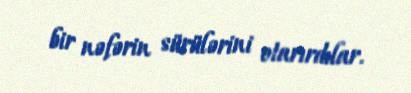
bir nəfərin sürülərini otarırdılar.